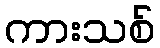
ကားသစ်